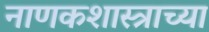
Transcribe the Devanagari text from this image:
नाणकशास्त्राच्या